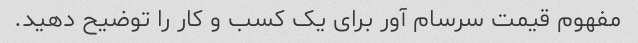
مفهوم قیمت سرسام آور برای یک کسب و کار را توضیح دهید.